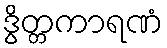
ဒွိတ္တကာရဏံ